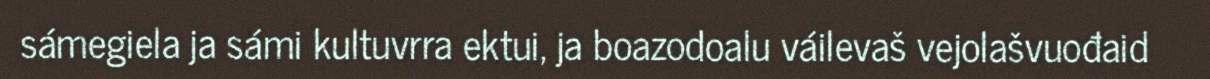
sámegiela ja sámi kultuvrra ektui, ja boazodoalu váilevaš vejolašvuođaid